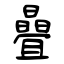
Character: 曡